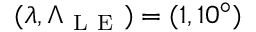
( \lambda , \Lambda _ { \mathrm { ~ L ~ E ~ } } ) = ( 1 , 1 0 ^ { \circ } )